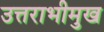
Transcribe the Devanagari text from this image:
उत्तराभीमुख